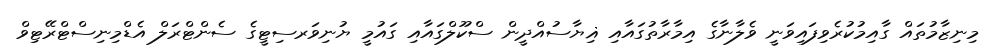
މިނިޒާމުތައް ގާއިމުކުރެވިފައިވަނީ ވެލާނާގެ އިމާރާތުގައާއި ޣިޔާސުއްދީން ސްކޫލްގައާއި ގައުމީ ޔުނިވަރސިޓީގެ ސެންޓްރަލް އެޑްމިނިސްޓްރޭޓިވް